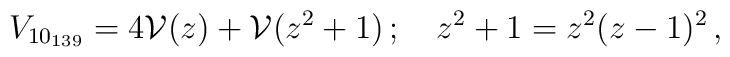
V_{10_{139}}=4{\cal V}(z)+{\cal V}(z^2+1)\,;\quad z^2+1=z^2(z-1)^2\,,